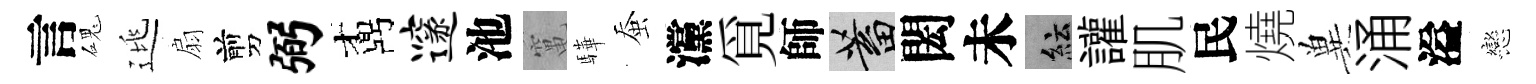
言磈逃扇剪弼鼒邃池𥧄驊蚕灙覓師蓄閎未紜讙肌民燒兾涌溢戀